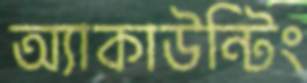
অ্যাকাউন্টিং